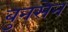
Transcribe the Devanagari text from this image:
बुनसेन